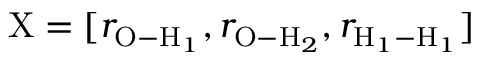
\mathrm { X } = [ r _ { \mathrm { O - H } _ { 1 } } , r _ { \mathrm { O - H } _ { 2 } } , r _ { \mathrm { H } _ { 1 } - \mathrm { H } _ { 1 } } ]